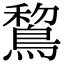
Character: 鵹